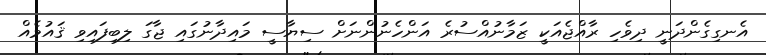
އެނގިގެންދަނީ ދިވެހި ރާއްޖެއަކީ ޒަމާނުއްސުރެ އަންހެނުންނަށް ސިޔާސީ މައިދާނުގައި ޖާގަ ލިބިފައިވި ޤައުމެއް